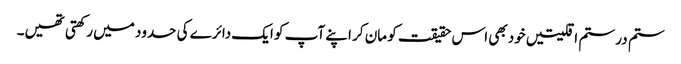
ستم در ستم اقلیتیں خود بھی اس حقیقت کو مان کر اپنے آپ کو ایک دائرے کی حدود میں رکھتی تھیں۔